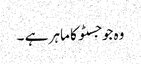
وہ جوجسٹو کا ماہر ہے ۔